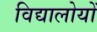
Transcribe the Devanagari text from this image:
विद्यालोयों